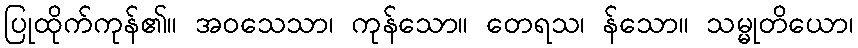
ပြုထိုက်ကုန်၏။ အဝသေသာ၊ ကုန်သော။ တေရသ၊ န်သော။ သမ္မုတိယော၊